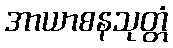
အာယာစနသုတ္တံ